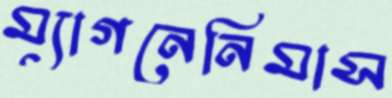
ম্যাগনেনিমাস